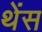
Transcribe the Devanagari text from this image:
थेंस